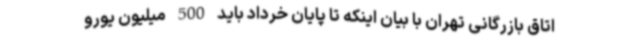
اتاق بازرگانی تهران با بیان اینکه تا پایان خرداد باید 500 میلیون یورو